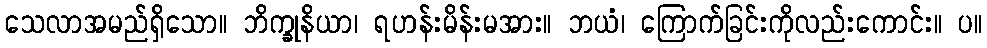
သေလာအမည်ရှိသော။ ဘိက္ခုနိယာ၊ ရဟန်းမိန်းမအား။ ဘယံ၊ ကြောက်ခြင်းကိုလည်းကောင်း။ ပ။